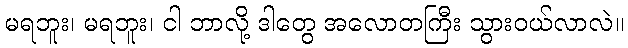
မရဘူး၊ မရဘူး၊ ငါ ဘာလို့ ဒါတွေ အလောတကြီး သွားဝယ်လာလဲ။